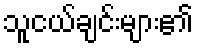
သူငယ်ချင်းများ၏